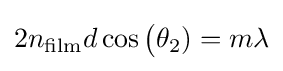
2n_{\rm {film}}d\cos {\big (}\theta _{2})=m\lambda